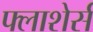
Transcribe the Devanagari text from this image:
फ्लाशेर्स